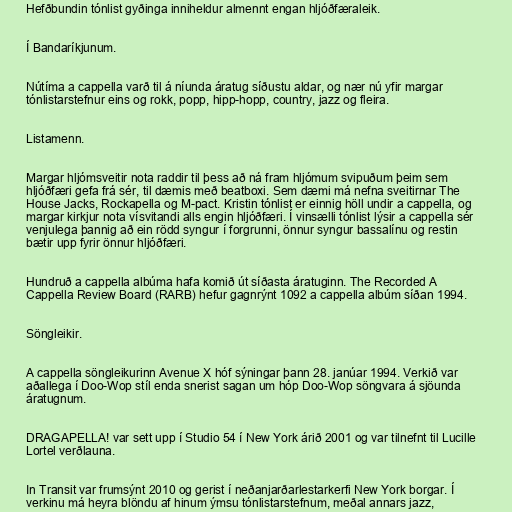
Hefðbundin tónlist gyðinga inniheldur almennt engan hljóðfæraleik.

Í Bandaríkjunum.

Nútíma a cappella varð til á níunda áratug síðustu aldar, og nær nú yfir margar
tónlistarstefnur eins og rokk, popp, hipp-hopp, country, jazz og fleira.

Listamenn.

Margar hljómsveitir nota raddir til þess að ná fram hljómum svipuðum þeim sem
hljóðfæri gefa frá sér, til dæmis með beatboxi. Sem dæmi má nefna sveitirnar The
House Jacks, Rockapella og M-pact. Kristin tónlist er einnig höll undir a cappella, og
margar kirkjur nota vísvitandi alls engin hljóðfæri. Í vinsælli tónlist lýsir a cappella sér
venjulega þannig að ein rödd syngur í forgrunni, önnur syngur bassalínu og restin
bætir upp fyrir önnur hljóðfæri.

Hundruð a cappella albúma hafa komið út síðasta áratuginn. The Recorded A
Cappella Review Board (RARB) hefur gagnrýnt 1092 a cappella albúm síðan 1994.

Söngleikir.

A cappella söngleikurinn Avenue X hóf sýningar þann 28. janúar 1994. Verkið var
aðallega í Doo-Wop stíl enda snerist sagan um hóp Doo-Wop söngvara á sjöunda
áratugnum.

DRAGAPELLA! var sett upp í Studio 54 í New York árið 2001 og var tilnefnt til Lucille
Lortel verðlauna.

In Transit var frumsýnt 2010 og gerist í neðanjarðarlestarkerfi New York borgar. Í
verkinu má heyra blöndu af hinum ýmsu tónlistarstefnum, meðal annars jazz,